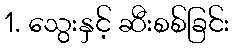
1. သွေးနှင့် ဆီးစစ်ခြင်း